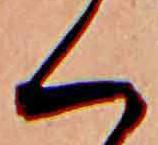
く